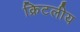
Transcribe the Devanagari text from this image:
क्रिटलीय